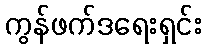
ကွန်ဖက်ဒရေးရှင်း